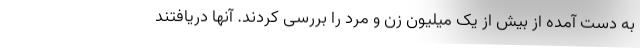
به دست آمده از بیش از یک میلیون زن و مرد را بررسی کردند. آنها دریافتند